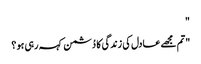
"
"تم مجھے عادل کی زندگی کا دُشمن کہہ رہی ہو ؟